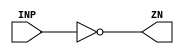
module IBUFFX8 (INP,ZN);
	input INP;
	output ZN;
	wire ot;
assign ZN = ~ot;
assign ot = INP;
endmodule